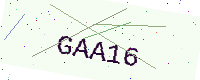
Text: GAA16